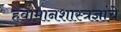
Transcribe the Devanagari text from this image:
हवामानशास्त्रज्ञांचे